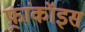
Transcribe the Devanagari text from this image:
फ़्रांकॉइस